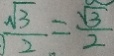
\frac { \sqrt { 3 } } { 2 } = \frac { \sqrt { 3 } } { 2 }